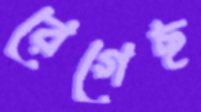
রেগেছ